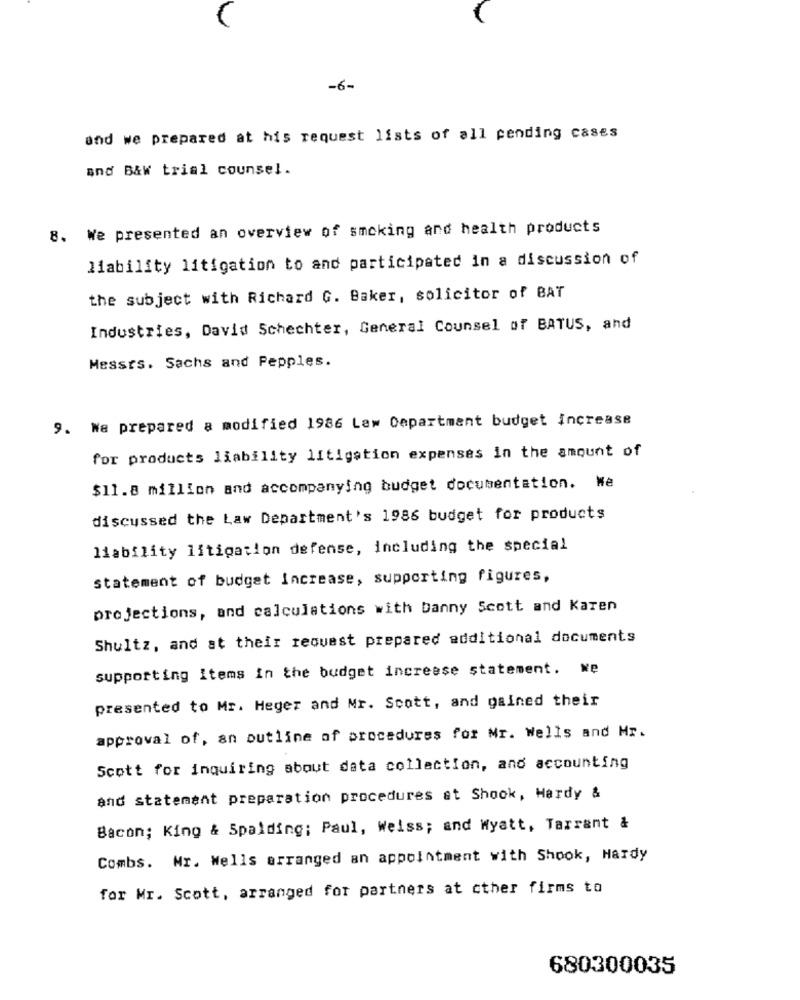
-6-
and we prepared at his request lists of all pending cases
and B&W trial counsel.
8. We presented an overview of smoking and health products
liability litigation to and participated in a discussion of
the subject with Richard G. Baker, solicitor of BAT
Industries, David Schechter, General Counsel of BATUS, and
Messrs. Sachs and Pepples.
9. Na prepared a modified 1986 Law Department budget Increase
for products liability litigation expenses in the amount of
$11.8 million and accompanying budget documentation. We
discussed the Law Department's 1986 budget for products
liability litigation defense, including the special
statement of budget increase, supporting figures,
projections, and calculations with Danny Scott and Karen
Shultz, and at their request prepared additional documents
supporting Items in the budget increase statement. we
presented to Mr. Heger and Mr. Scott, and gained their
approval of, an outline of procedures for Mr. Wells and Mr.
Scott for inquiring about data collection, and accounting
and statement preparation procedures at Shock, Hardy &
Bacon; King & Spalding: Paul, Weiss; and Wyatt, Tarrant &
Combs. Mr. Wells arranged an appointment with Shook, Hardy
for Mr. Scott, arranged for partners at cther firms to
680300035